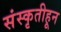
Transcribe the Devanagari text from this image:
संस्‍कृतीहून